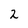
Character: 2